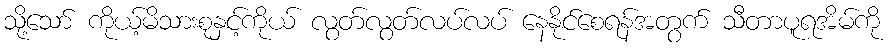
သို့သော် ကိုယ့်မိသားစုနှင့်ကိုယ် လွတ်လွတ်လပ်လပ် နေနိုင်စေရန်အတွက် သီတာပူရအိမ်ကို